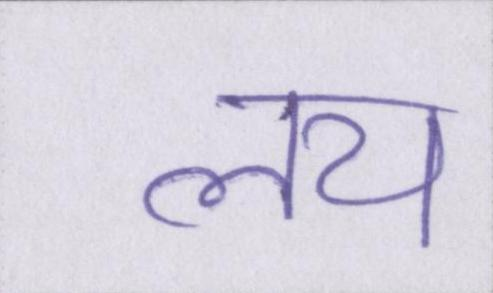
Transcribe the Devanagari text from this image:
लय